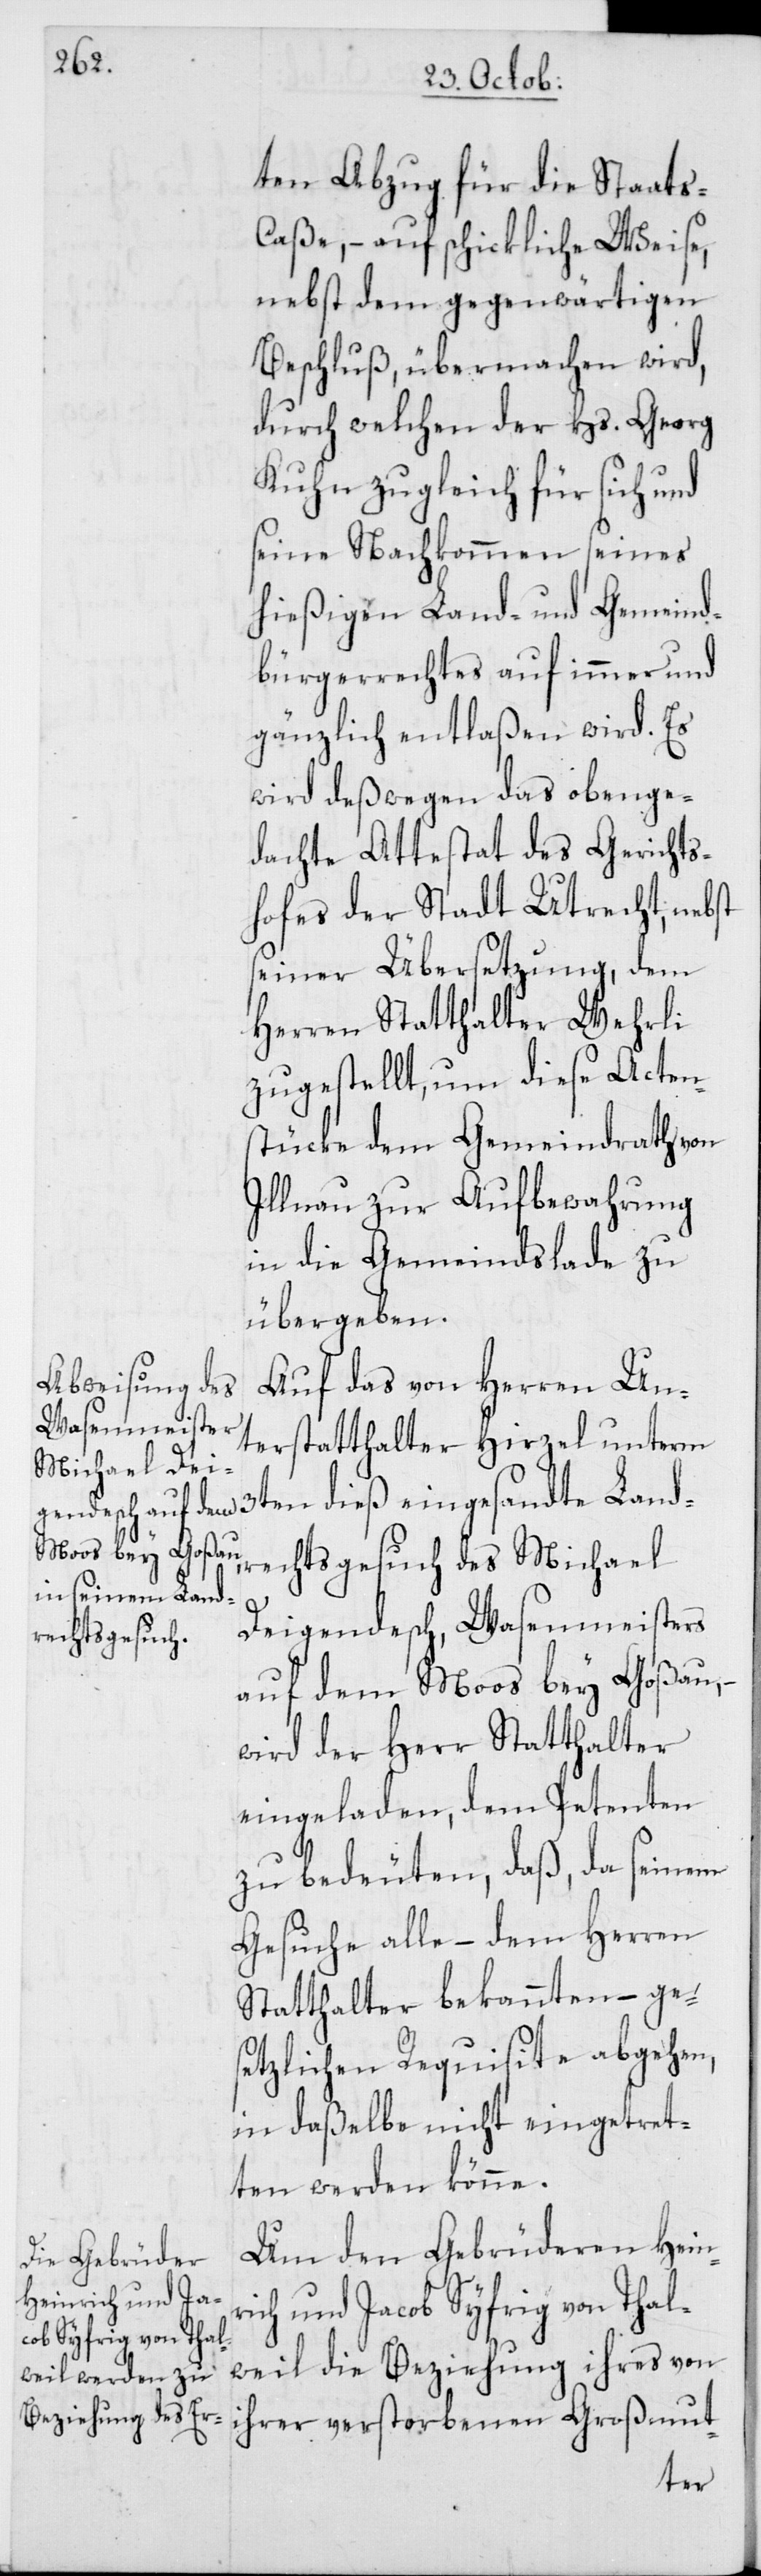
ten Abzug für die Staats-C¬
aße, – auf schickliche Weise,
nebst dem gegenwärtigen
Beschluß, übermachen wird,
durch welchen der Hs. Georg
Kuhn zugleich für sich und
seine Nachkommen seines
hießigen Land- und Gemeind¬
bürgerrechtes auf immer und
gänzlich entlaßen wird. Es
wird deßwegen das obenge¬
dachte Attestat des Gerichts¬
hofes der Stadt Utrecht, nebst
seiner Übersetzung, dem
Herren Statthalter Wehrli
zugestellt, um diese Acten¬
stücke dem Gemeindrath von
Illnau zur Aufbewahrung
in die Gemeindslade zu
übergeben.
Auf das von Herren Un¬
terstatthalter Hirzel unterm
3ten dieß eingesandte Land¬
rechtsgesuch des Michael
Deigendesch, Wasenmeisters
auf dem Moos bey Goßau, –
wird der Herr Statthalter
eingeladen, dem Petenten
zu bedeuten, daß, da seinem
Gesuche alle, – dem Herren
Statthalter bekannten, – ges¬
etzlichen Requisite abgehen,
in daßelbe nicht eingetret¬
ten werden könne.
Um den Gebrüderen Hein¬
rich und Jacob Syfrig von Thal¬
weil die Beziehung ihres von